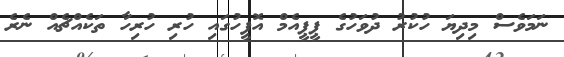
ނަމަވެސް މިދިޔަ ހުކުރު ދުވަހުގެ ޕީޕީއެމް އޮފީހުގައި ހުރި ހުރިހާ ތަކެއްޗެއް ނެރެ